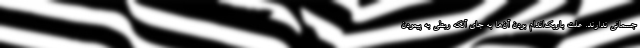
جسمانی ندارند. علت باریک‌اندام بودن آن‌ها به جای آنکه ربطی به پیمودن